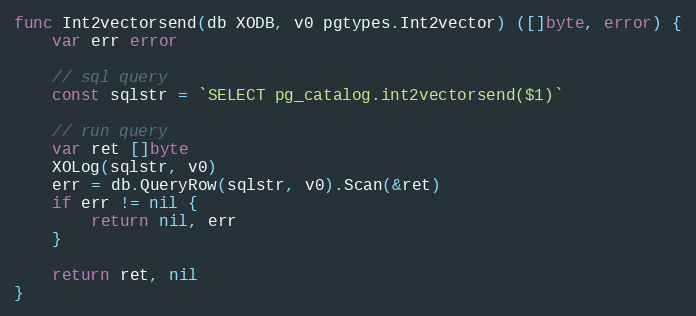
Language: Go
func Int2vectorsend(db XODB, v0 pgtypes.Int2vector) ([]byte, error) {
	var err error

	// sql query
	const sqlstr = `SELECT pg_catalog.int2vectorsend($1)`

	// run query
	var ret []byte
	XOLog(sqlstr, v0)
	err = db.QueryRow(sqlstr, v0).Scan(&ret)
	if err != nil {
		return nil, err
	}

	return ret, nil
}